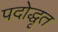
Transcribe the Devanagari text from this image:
पदोद्धृत